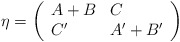
\begin{align*}\eta = \left( \begin{array}{ll} A+B & C \\ C' & A'+B' \end{array} \right)\end{align*}